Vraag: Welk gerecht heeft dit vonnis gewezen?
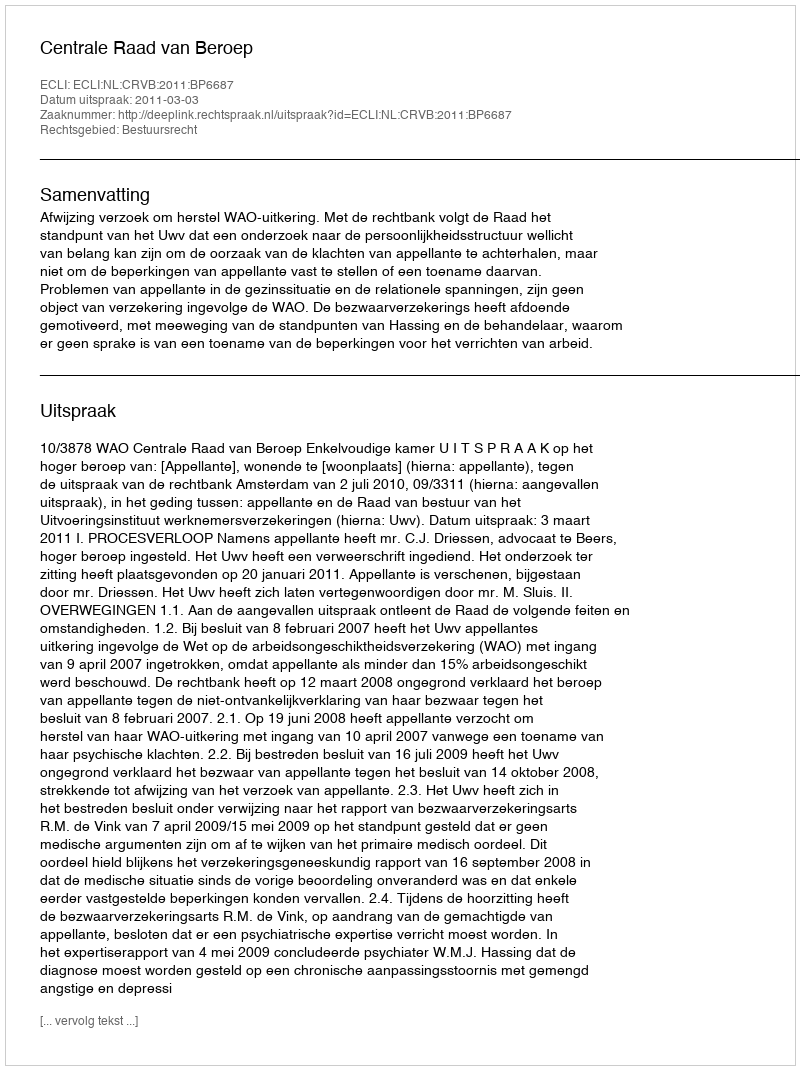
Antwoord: Centrale Raad van Beroep